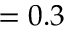
= 0 . 3